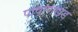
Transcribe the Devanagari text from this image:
पाषाणखंड